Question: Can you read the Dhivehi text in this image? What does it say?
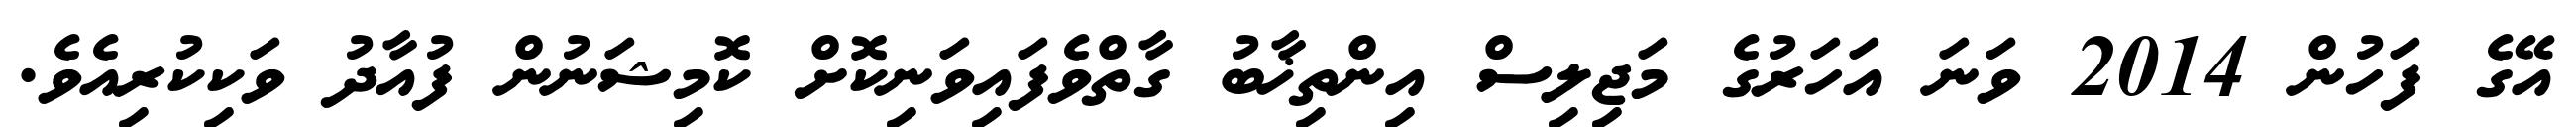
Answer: އޭގެ ފަހުން 2014 ވަނަ އަހަރުގެ މަޖިލިސް އިންތިޚާބު ގާތްވެފައިވަނިކޮށް ކޮމިޝަނުން ފުއާދު ވަކިކުރިއެވެ.